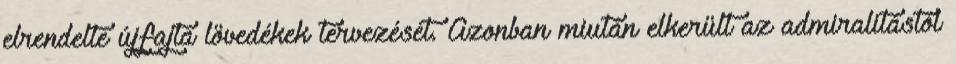
elrendelte újfajta lövedékek tervezését. Azonban miután elkerült az admiralitástól